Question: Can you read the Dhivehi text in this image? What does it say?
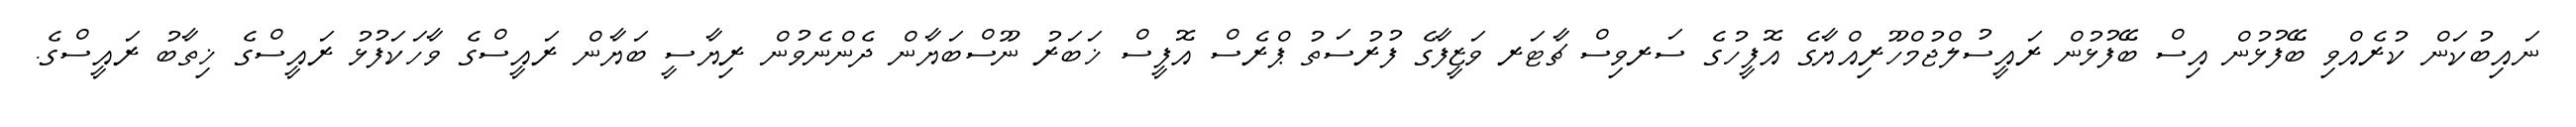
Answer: ނައިބުކަން ކުރެއްވި ބޭފުޅުން އިސް ބޭފުޅުން ރައީސުލްޖުމްހޫރިއްޔާގެ އޮފީހުގެ ސަރވިސް ޗާޓަރ ވަޒީފާގެ ފުރުސަތު ޕްރެސް އޮފީސް ޚަބަރު ނޫސްބަޔާން ދެންނެވުން ރިޔާސީ ބަޔާން ރައީސްގެ ވާހަކަފުޅު ރައީސްގެ ޚިތާބު ރައީސްގެ.